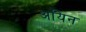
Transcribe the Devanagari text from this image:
अयिन